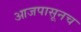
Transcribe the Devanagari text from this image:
आजपासूनच